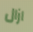
ازال